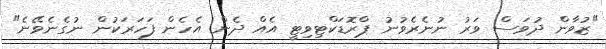
"ޒުވާން ދުވަސް ވަރު ނުނެރެވުނު ޕްރޮޑަކްޓިވިޓީ އެއް ދެން އެހެން ފަހަރަކުން ނުގެނެވޭނެ"